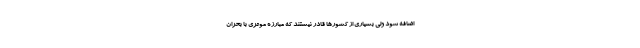
اضافه شود ولی بسیاری از کشورها قادر نیستند که مبارزه موثری با بحران